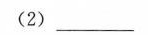
(2)__